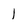
Character: 1